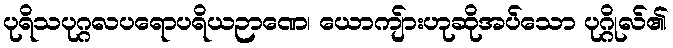
ပုရိသပုဂ္ဂလပရောပရိယဉာဏေ၊ ယောကျ်ားဟုဆိုအပ်သော ပုဂ္ဂိုလ်၏